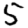
Digit: 5